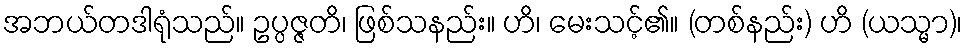
အဘယ်တဒါရုံသည်။ ဥပ္ပဇ္ဇတိ၊ ဖြစ်သနည်း။ ဟိ၊ မေးသင့်၏။ (တစ်နည်း) ဟိ (ယသ္မာ)၊